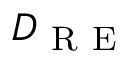
D _ { \mathrm { ~ R ~ E ~ } }